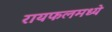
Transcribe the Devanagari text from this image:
रायफलमध्ये